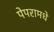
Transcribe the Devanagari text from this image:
पेपरामधे